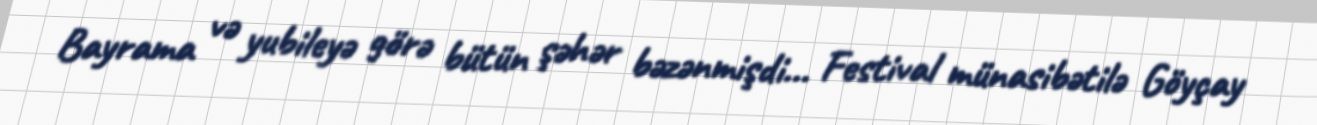
Bayrama və yubileyə görə bütün şəhər bəzənmişdi... Festival münasibətilə Göyçay